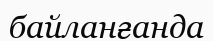
байланғанда